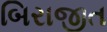
બિરાજીત